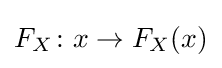
F_{X}\colon x\to F_{X}(x)